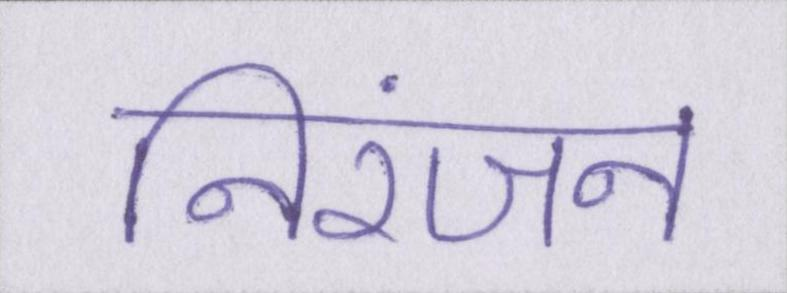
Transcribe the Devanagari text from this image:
निरंजन